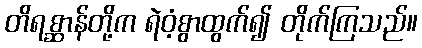
တိရစ္ဆာန်တို့က ရဲဝံ့စွာထွက်၍ တိုက်ကြသည်။